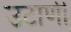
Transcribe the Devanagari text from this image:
उटाणी